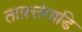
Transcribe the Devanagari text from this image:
ताष़त्तंगाडि